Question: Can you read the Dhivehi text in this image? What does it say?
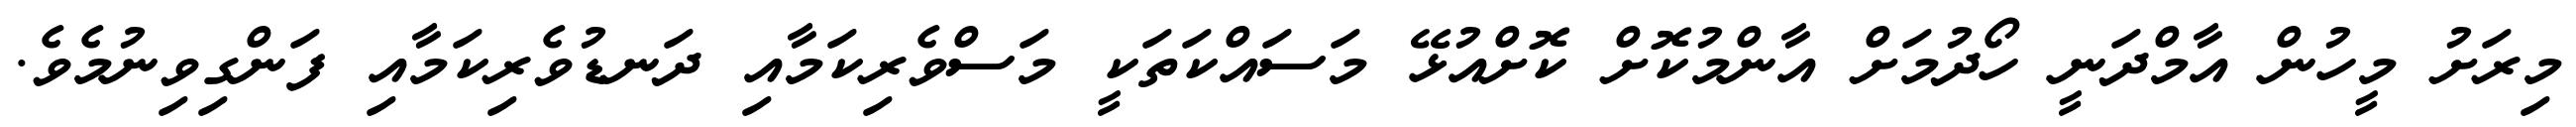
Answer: މިރަށު މީހުން އާމްދަނީ ހޯދުމަށް އާންމުކޮށް ކޮށްއުޅޭ މަސައްކަތަކީ މަސްވެރިކަމާއި ދަނޑުވެރިކަމާއި ފަންގިވިނުމެވެ.